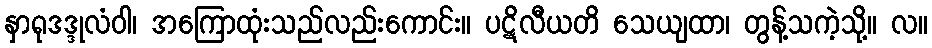
နှာရုဒဒ္ဒုလံဝါ၊ အကြောထုံးသည်လည်းကောင်း။ ပဋိလီယတိ သေယျထာ၊ တွန့်သကဲ့သို့။ လ။